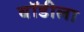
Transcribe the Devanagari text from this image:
बॉडीला